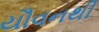
યૌવનથી